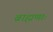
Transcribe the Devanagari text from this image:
ब्राह्मणाः